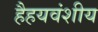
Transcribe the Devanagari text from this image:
हैहयवंशीय